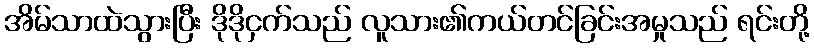
အိမ်သာထဲသွားပြီး ဒိုဒိုငှက်သည် လူသား၏ကယ်တင်ခြင်းအမှုသည် ရင်းတို့